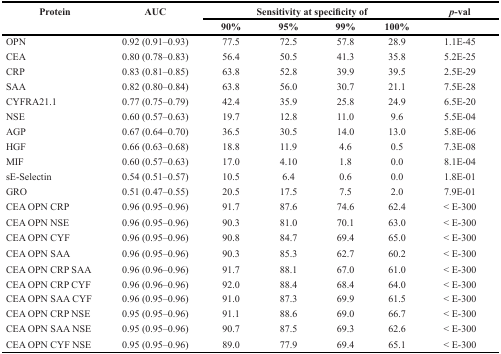
<table><thead><tr><td rowspan="2"><b>Protein</b></td><td rowspan="2"><b>AUC</b></td><td colspan="4"><b>Sensitivity at specificity of</b></td><td><b><i>p</i>-val</b></td></tr><tr><td><b>90%</b></td><td><b>95%</b></td><td><b>99%</b></td><td><b>100%</b></td><td></td></tr></thead><tbody><tr><td>OPN</td><td>0.92 (0.91–0.93)</td><td>77.5</td><td>72.5</td><td>57.8</td><td>28.9</td><td>1.1E-45</td></tr><tr><td>CEA</td><td>0.80 (0.78–0.83)</td><td>56.4</td><td>50.5</td><td>41.3</td><td>35.8</td><td>5.2E-25</td></tr><tr><td>CRP</td><td>0.83 (0.81–0.85)</td><td>63.8</td><td>52.8</td><td>39.9</td><td>39.5</td><td>2.5E-29</td></tr><tr><td>SAA</td><td>0.82 (0.80–0.84)</td><td>63.8</td><td>56.0</td><td>30.7</td><td>21.1</td><td>7.5E-28</td></tr><tr><td>CYFRA21.1</td><td>0.77 (0.75–0.79)</td><td>42.4</td><td>35.9</td><td>25.8</td><td>24.9</td><td>6.5E-20</td></tr><tr><td>NSE</td><td>0.60 (0.57–0.63)</td><td>19.7</td><td>12.8</td><td>11.0</td><td>9.6</td><td>5.5E-04</td></tr><tr><td>AGP</td><td>0.67 (0.64–0.70)</td><td>36.5</td><td>30.5</td><td>14.0</td><td>13.0</td><td>5.8E-06</td></tr><tr><td>HGF</td><td>0.66 (0.63–0.68)</td><td>18.8</td><td>11.9</td><td>4.6</td><td>0.5</td><td>7.3E-08</td></tr><tr><td>MIF</td><td>0.60 (0.57–0.63)</td><td>17.0</td><td>4.10</td><td>1.8</td><td>0.0</td><td>8.1E-04</td></tr><tr><td>sE-Selectin</td><td>0.54 (0.51–0.57)</td><td>10.5</td><td>6.4</td><td>0.6</td><td>0.0</td><td>1.8E-01</td></tr><tr><td>GRO</td><td>0.51 (0.47–0.55)</td><td>20.5</td><td>17.5</td><td>7.5</td><td>2.0</td><td>7.9E-01</td></tr><tr><td>CEA OPN CRP</td><td>0.96 (0.95–0.96)</td><td>91.7</td><td>87.6</td><td>74.6</td><td>62.4</td><td>&lt; E-300</td></tr><tr><td>CEA OPN NSE</td><td>0.96 (0.95–0.96)</td><td>90.3</td><td>81.0</td><td>70.1</td><td>63.0</td><td>&lt; E-300</td></tr><tr><td>CEA OPN CYF</td><td>0.96 (0.95–0.96)</td><td>90.8</td><td>84.7</td><td>69.4</td><td>65.0</td><td>&lt; E-300</td></tr><tr><td>CEA OPN SAA</td><td>0.96 (0.95–0.96)</td><td>90.3</td><td>85.3</td><td>62.7</td><td>60.2</td><td>&lt; E-300</td></tr><tr><td>CEA OPN CRP SAA</td><td>0.96 (0.96–0.96)</td><td>91.7</td><td>88.1</td><td>67.0</td><td>61.0</td><td>&lt; E-300</td></tr><tr><td>CEA OPN CRP CYF</td><td>0.96 (0.96–0.96)</td><td>92.0</td><td>88.4</td><td>68.4</td><td>64.0</td><td>&lt; E-300</td></tr><tr><td>CEA OPN SAA CYF</td><td>0.96 (0.95–0.96)</td><td>91.0</td><td>87.3</td><td>69.9</td><td>61.5</td><td>&lt; E-300</td></tr><tr><td>CEA OPN CRP NSE</td><td>0.95 (0.95–0.96)</td><td>91.1</td><td>88.6</td><td>69.0</td><td>66.7</td><td>&lt; E-300</td></tr><tr><td>CEA OPN SAA NSE</td><td>0.95 (0.95–0.96)</td><td>90.7</td><td>87.5</td><td>69.3</td><td>62.6</td><td>&lt; E-300</td></tr><tr><td>CEA OPN CYF NSE</td><td>0.95 (0.95–0.96)</td><td>89.0</td><td>77.9</td><td>69.4</td><td>65.1</td><td>&lt; E-300</td></tr></tbody></table>